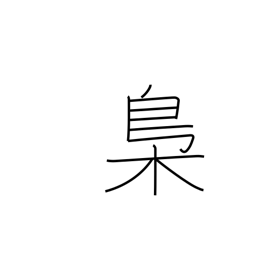
Meaning: owl